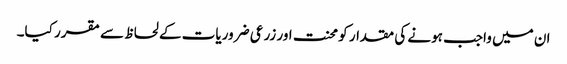
ان میں واجب ہونے کی مقدار کو محنت اور زرعی ضروریات کے لحاظ سے مقرر کیا۔